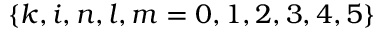
\left\{ k , i , n , l , m = 0 , 1 , 2 , 3 , 4 , 5 \right\}